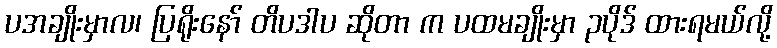
ပအချိုးမှာလ၊ ပြရိုးနော် တိပဒါပ ဆိုတာ က ပထမချိုးမှာ ၃ပိုဒ် ထားရမယ်လို့